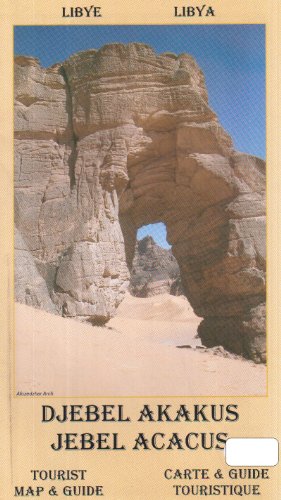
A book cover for Jebel Acacus Libya Tourist Map and Guide; A.L. Wielochowski; Travel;